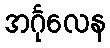
အင်္ဂုလေန